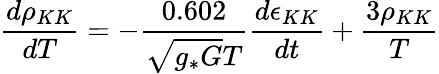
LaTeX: \frac{d\rho_{KK}}{dT}=-\frac{0.602}{\sqrt{g_{*}G}T}\frac{d\epsilon_{KK}}{dt}+\frac{3\rho_{KK}}{T}